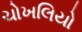
ચોખલિયો